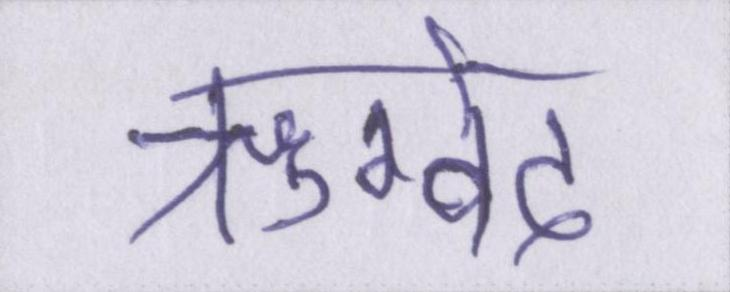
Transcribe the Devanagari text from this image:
ऋग्वेद